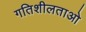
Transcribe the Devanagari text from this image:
गतिशीलताओ